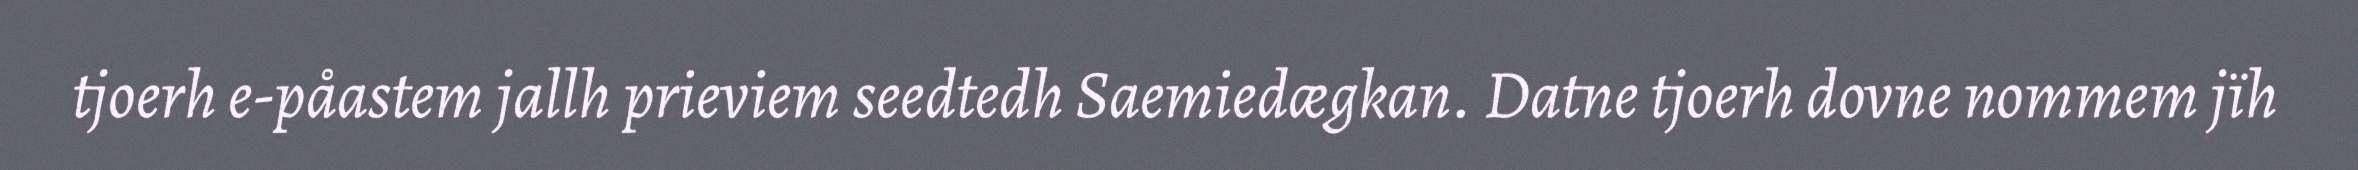
tjoerh e-påastem jallh prieviem seedtedh Saemiedægkan. Datne tjoerh dovne nommem jïh